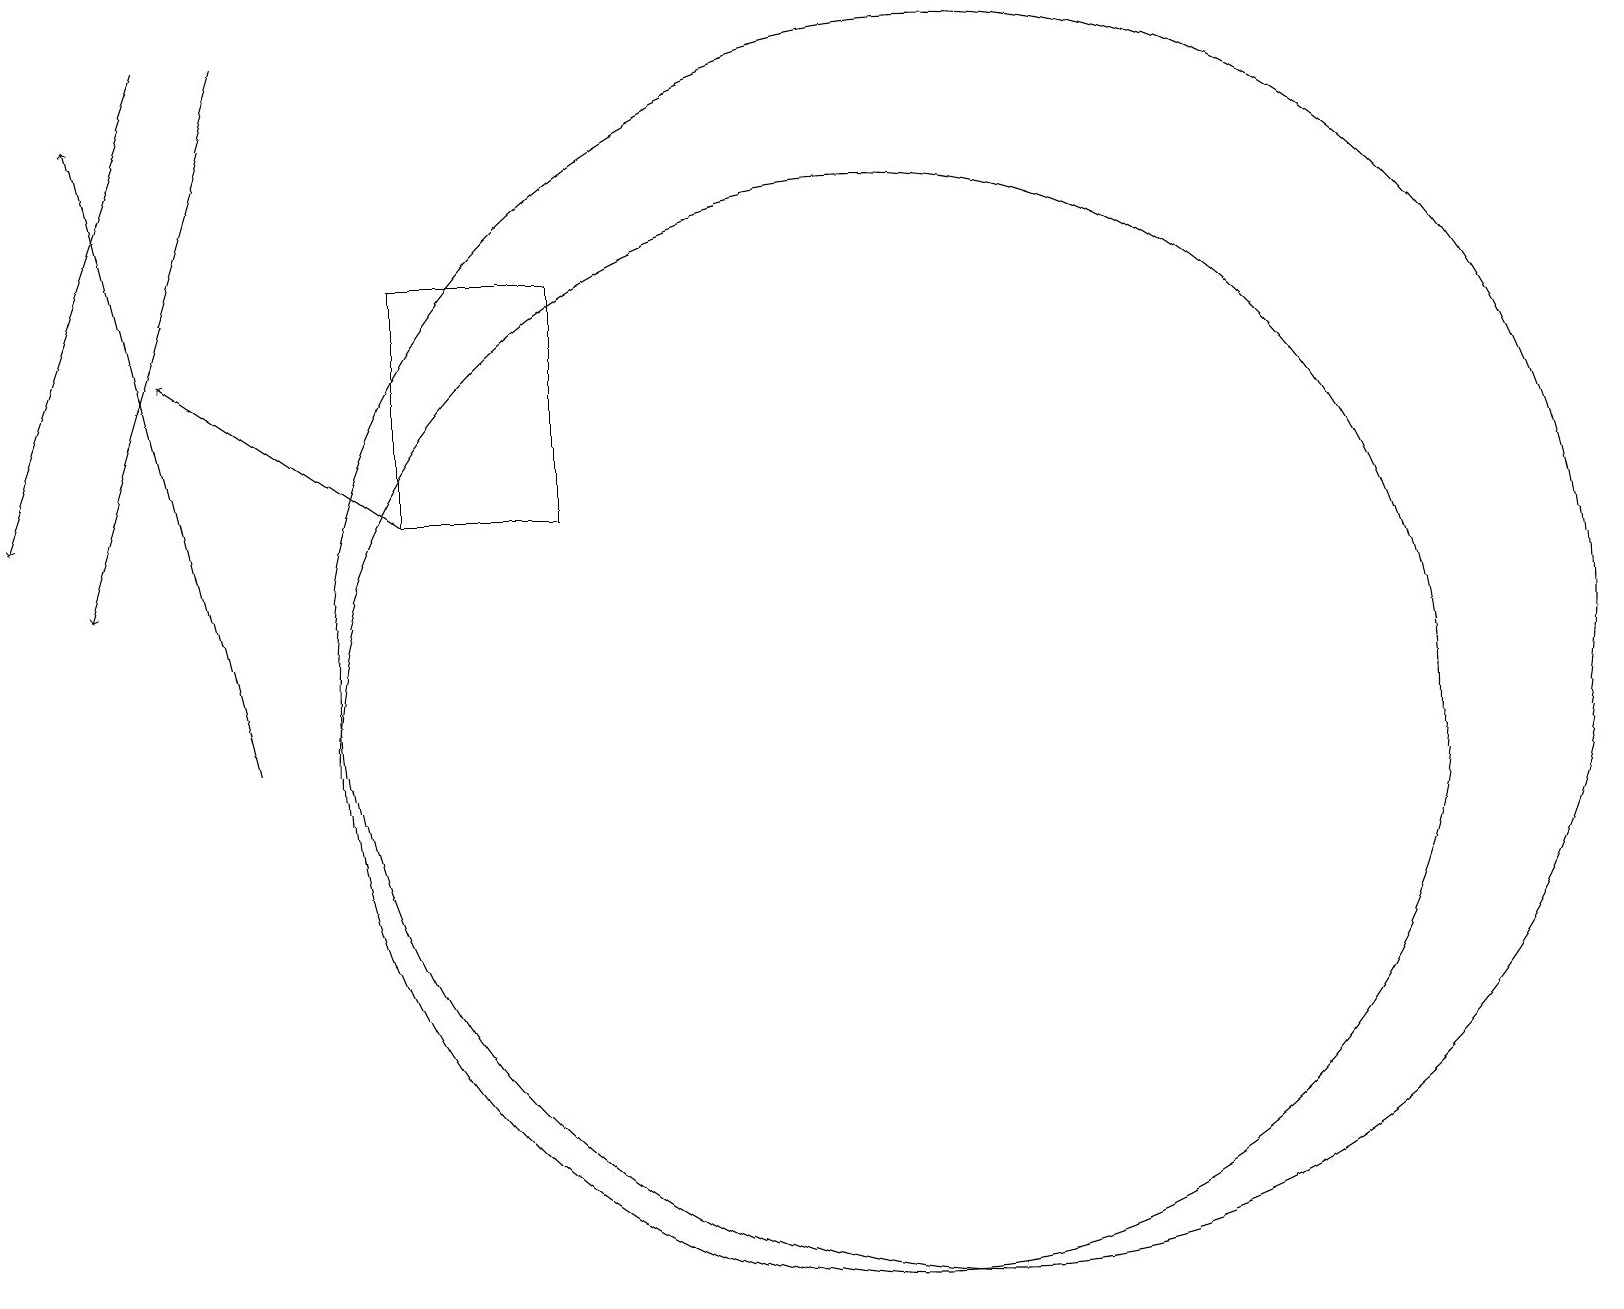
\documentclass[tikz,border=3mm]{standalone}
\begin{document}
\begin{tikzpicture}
\draw[->] (5,13) -- (2,15);
\draw (12,11) circle (8);
\draw[->] (3,19) -- (1,12);
\draw (11,10) circle (7);
\draw[->] (2,19) -- (0,13);
\draw (5,16) rectangle (7,13);
\draw[->] (3,10) -- (1,18);
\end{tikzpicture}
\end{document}